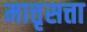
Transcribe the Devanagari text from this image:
मात्तृसत्ता